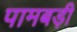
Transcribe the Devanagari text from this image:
पामबड़ी